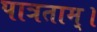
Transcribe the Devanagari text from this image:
पात्रताम्।